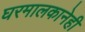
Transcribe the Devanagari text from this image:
घरमालकानेही